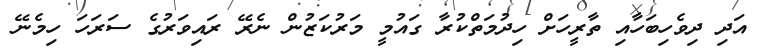
އަދި ދިވެހިބަހާއި ތާރީހަށް ހިދުމަތްކުރާ ގައުމީ މަރުކަޒުން ނެރޭ ރައިވަރުގެ ސަރަހަ ހިމެނޭ